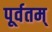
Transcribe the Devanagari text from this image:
पूर्वतम्